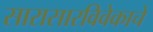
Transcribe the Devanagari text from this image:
सारासारविवेकाचे